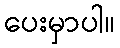
ပေးမှာပါ။